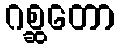
ဂစ္ဆတော